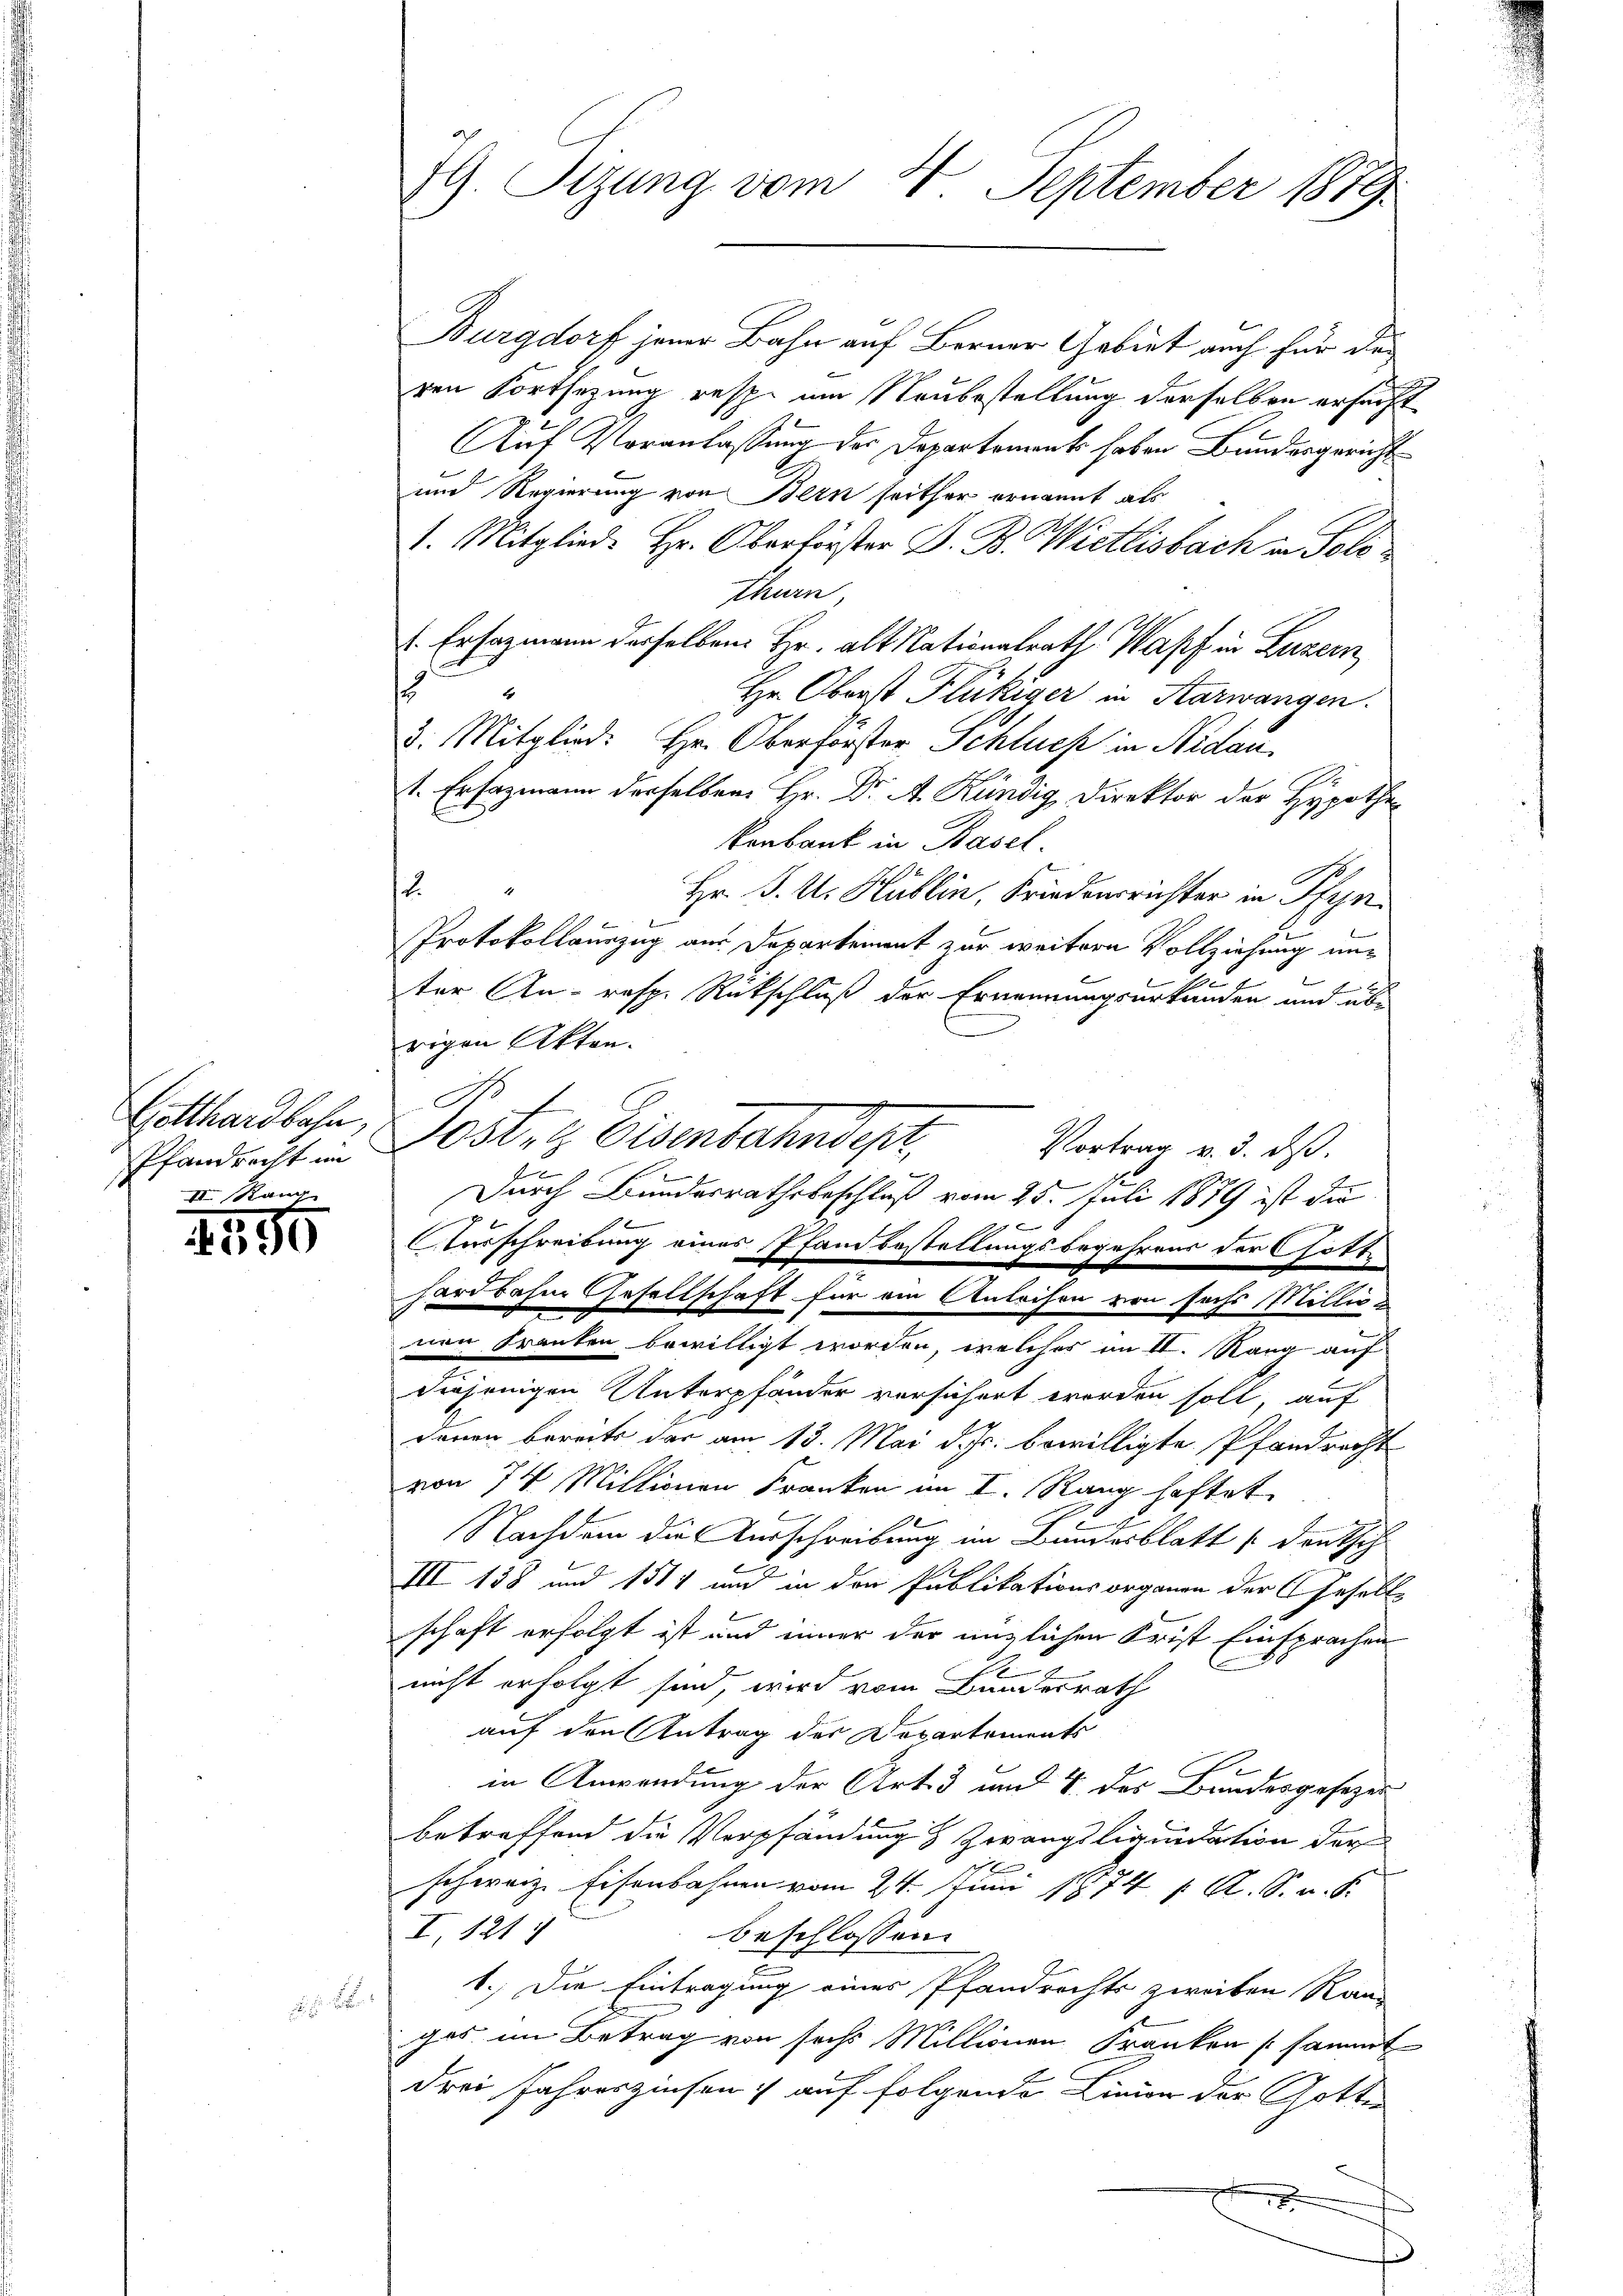
Pfandrecht im
III. Rau

1495

Burgdorf jener Bahn auf Berner Gebiet auch für des
ren Fortsezung resp. um Neubestellung derselben ersucht
Auf Voranlassung des Departement haben Bundesgericht
und Regierung von Bern seither ernannt als
I. Mitglied. Hr. Oberförster D. B. Wietlisbach in Sold
thurn,
 Erhazmann desselben Hr. alt Nationalrath Wapf in Luzern
.
Hr. Oberst Flückiger in Aarwangen.
3. Mitglied: Hr. Oberforster Schluch in Nidau,
1. Ersazmann derselben Hr. Dr A. Kündig, Direktor der Hypothe
konbank in Basel.
2.
Hr. P. U. Hüblin, Friedensrichter in Pfyn
Protokollauszug aus Departement zur weitere Vollziehung unter An- resp. Rückschluß der Ernennungsurkunden und übe
rigen Akten.
N
f
Gotthardbahn, Jost, Eisenbahndepr
Vortrag v. 3. ds.
u
.
Durch Bundesrathsbeschluß vom 25. Juli 1889 ist die
2
2

Ausschreibung eines Pfandbestellungsbegehrens der Gott
hardbahne Gesellschaft für ein Anleihen von sechs Millig-
nen Franken bewilligt worden, welches im II. Rang auf
diejenigen Unterpfänder versichert worden soll, auf
denen bereits der am 13. Mai d. Js. bewilligte Pfandrecht
von 74 Millionen Franken im I. Rang haftet
Nachdem die Ausschreibung im Bundesblatt deutsch
III 138 und 1514 und in den Publikationsorganen der Gesellschaft erfolgt ist und einer der ünzlichen Frist Einsprachen
nicht erfolgt sind, wird vom Bundesrath
auf den Antrag des Departements
E
in Anwendung der Art. 3 und 4 des Bundesgesezer
betreffend die Verpfändung & Zwangsliquidation der
E
schweiz. Eisenbahnen vom 24. Sinn 1874 f. A. S. v. S
I. 121
beschlossen:
1.) Die Eintragung eines Pfandrechts zweiten Ran-
gas im Betrag von sechs Millionen Franken sammt
drei Jahreszinsen auf folgende Linien der Gotte

79 Sizung vom 4. September 1879